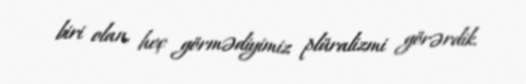
biri olan, heç görmədiyimiz plüralizmi görərdik.